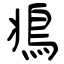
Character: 鴵